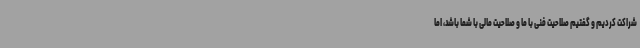
شراکت کردیم و گفتیم صلاحیت فنی با ما و صلاحیت مالی با شما باشد، اما